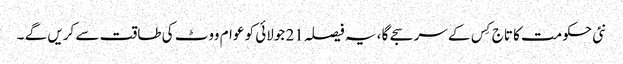
نئی حکومت کا تاج کِس کے سر سجے گا ، یہ فیصلہ 21 جولائی کو عوام ووٹ کی طاقت سے کریں گے ۔